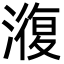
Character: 澓